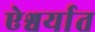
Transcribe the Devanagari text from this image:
ऐश्वर्यात